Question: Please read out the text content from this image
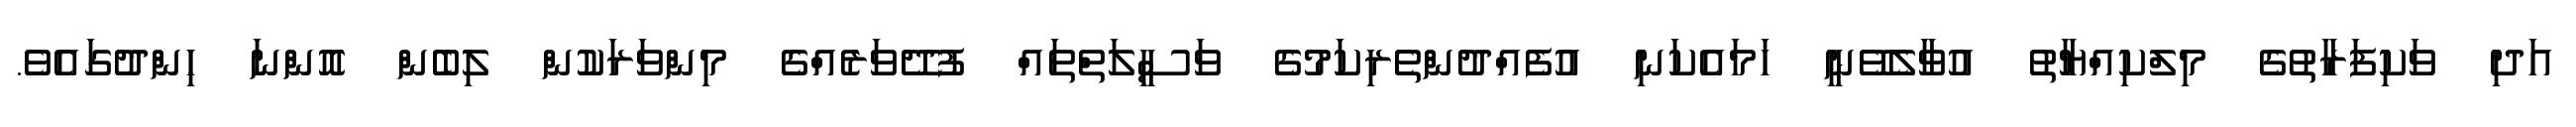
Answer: އަދި ވަކިފަރާތުގެ މިލްކިއްޔާތު އުވާލެވޭނީ ހަމައެކަނި އުފެއްދުންތެރިކަމުގެ ވަސީލަތްތައް ފުދޭވަރެއްގެ މިންވަރަކުން ލިބެން އޮންނަ ހިންދުގައެވެ.